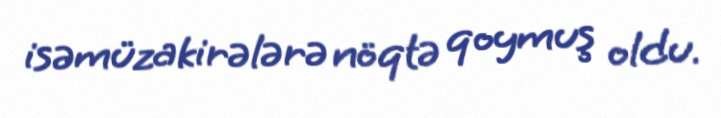
isəmüzakirələrə nöqtə qoymuş oldu.